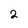
Character: 2